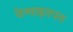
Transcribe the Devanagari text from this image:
येण्याइतपत